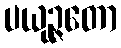
ပယုဉ္ဇတော